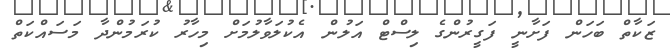
ޒަކާތް ބަހަން ފަށާނީ ފަގީރުންގެ ލިސްޓް އަލުން އެކުލަވާލުމަށް މިހާރު ކުރަމުންދާ މަސައްކަތް